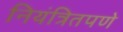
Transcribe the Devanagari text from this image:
नियंत्रितपणे